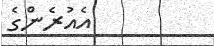
އެއުރެންގެ